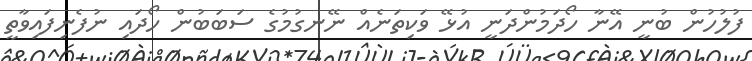
ފުލުހުން ބުނީ އޭނާ ހޯދަމުންދަނީ އުޅޭ ވަކިތަނެއް ނޭނގުމުގެ ސަބަބުން ހޯދައި ނުފެނިފައިވާތީ